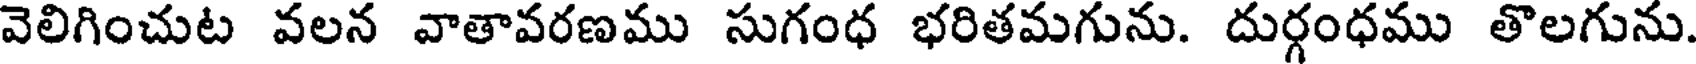
వెలిగించుట వలన వాతావరణము సుగంధ భరితమగును. దుర్గంధము తొలగును.